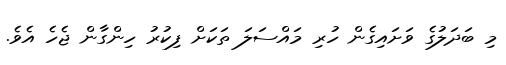
މި ބަދަލުގެ ވަށައިގެން ހުރި މައްސަލަ ތަކަށް ފިކުރު ހިންގާން ޖެހެ އެވެ.